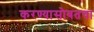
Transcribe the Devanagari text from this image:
करण्यासोबतचा